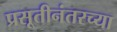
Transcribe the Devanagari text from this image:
प्रसूतीनंतरच्या